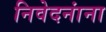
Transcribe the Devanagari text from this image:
निवेदनांना